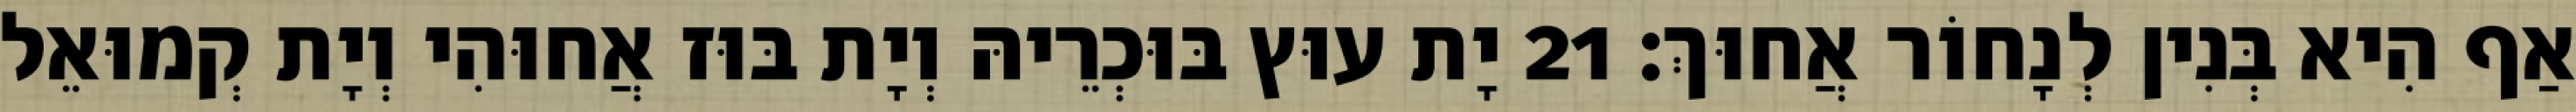
אַף הִיא בְּנִין לְנָחוֹר אֲחוּךְ׃ 21 יָת עוּץ בּוּכְרֵיהּ וְיָת בּוּז אֲחוּהִי וְיָת קְמוּאֵל